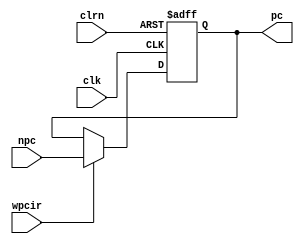
module pl_reg_pc(npc, clk, clrn, pc, wpcir);
    input  [31:0] npc;
    input  clk, clrn;
    input  wpcir;
    output reg [31:0] pc;

    always @(posedge clk or negedge clrn)
    begin
        if (!clrn)
        begin
            pc <= 32'b0;
        end
        else
        begin
            if(wpcir)
                begin
                pc <=npc;
                end
        end
    end

endmodule